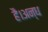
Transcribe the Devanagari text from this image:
है।अन्ध